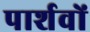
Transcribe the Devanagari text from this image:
पार्शवों